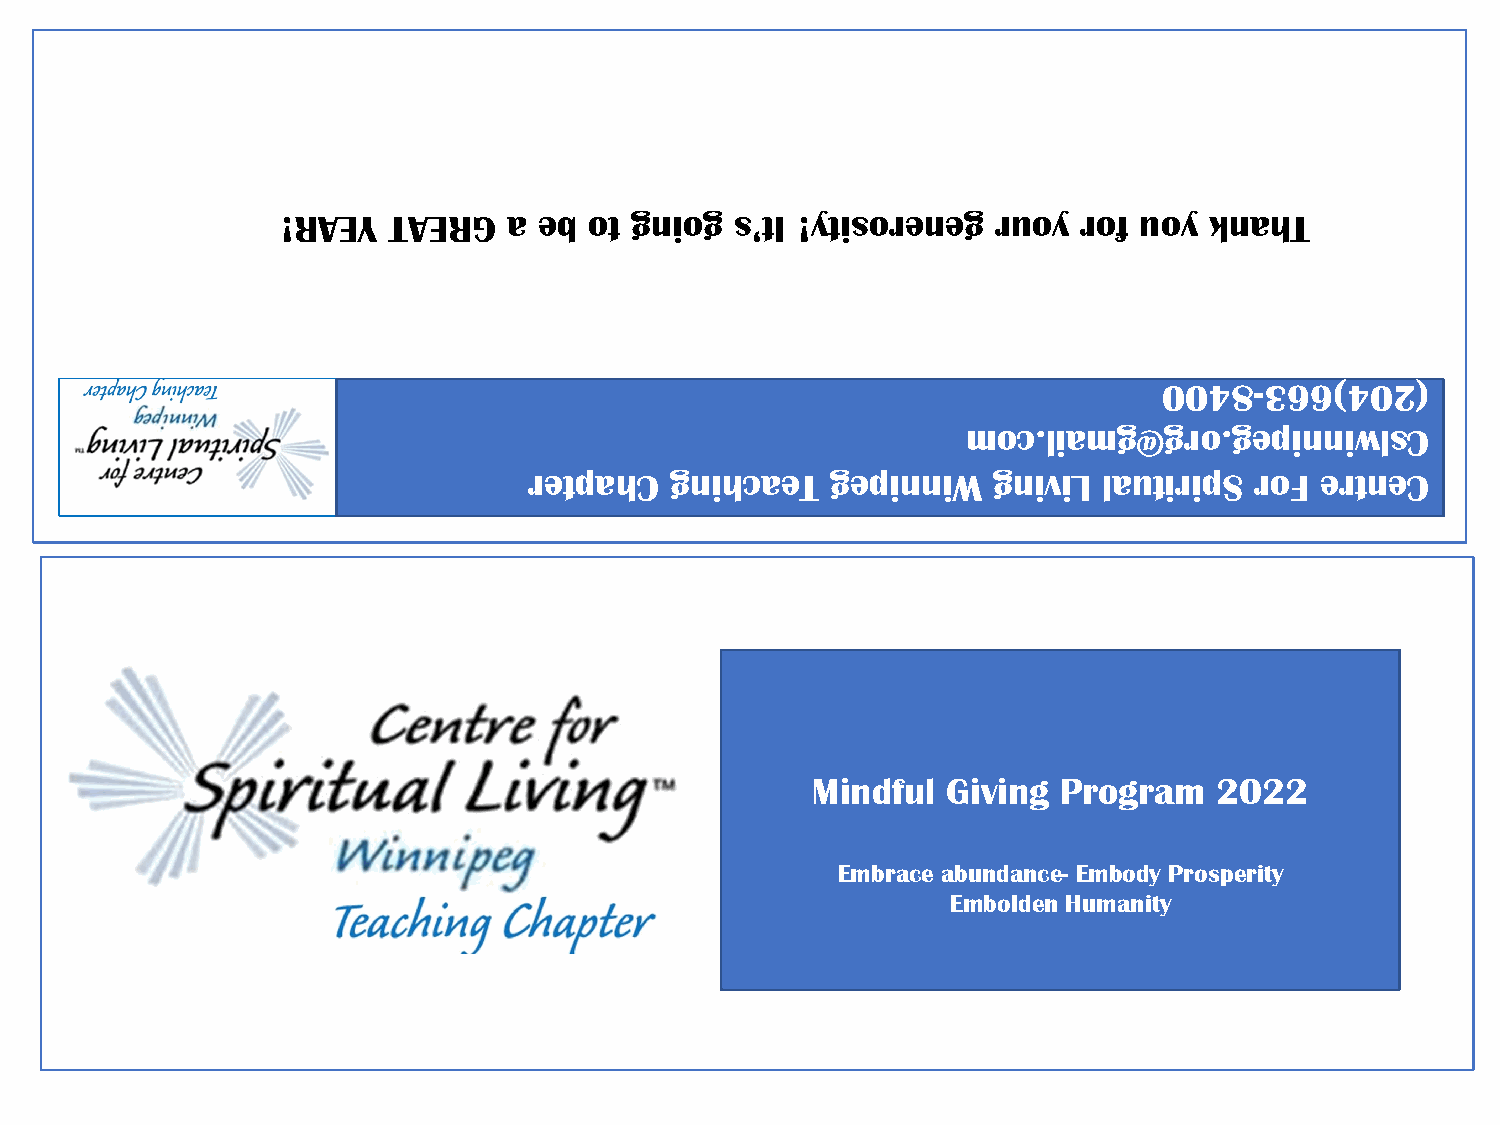
!RAEY  TAERG   a eb ot gniog  s’tI !ytisoreneg ruoy rof uoy  knahT
 0048-366)402(
 moc.liamg@gro.gepinniwlsC
 retpahC  gnihcaeT   gepinniW   gniviL lautiripS roF ertneC
 Mindful  Giving Program    2022
 Embrace abundance- Embody Prosperity
 Embolden Humanity